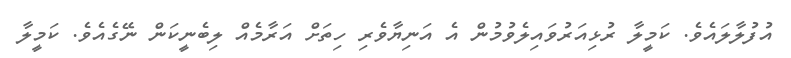
އުފުލާލައެވެ. ކަމީލާ ރުޅިއަރުވައިލެވުމުން އެ އަނިޔާވެރި ހިތަށް އަރާމެއް ލިބެނީކަން ނޭގެއެވެ. ކަމީލާ